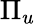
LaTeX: \Pi_{u}